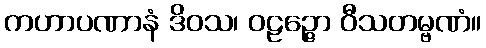
ကဟာပဏာနံ ဒိဝသ၊ ဝဠဉ္ဇော ဝီသတမ္ဗဏံ။